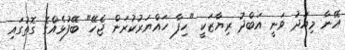
އޭނާ މިއަދު ވަނީ އަބްދު ރިޔާޒަކީ "ހިފާ ހައްޔަރުކުރަން ޖެހޭ" ބޭފުޅެއްގެ ގޮތުގައި